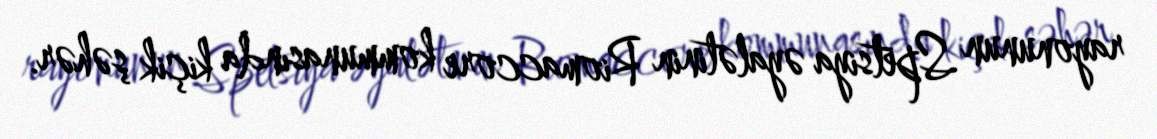
rayonunun Spetsiya əyalətinin Riomaccore kommunasında kiçik şəhər.